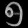
Digit: ၅